Scottish Leaving Certificate Examination, 1961
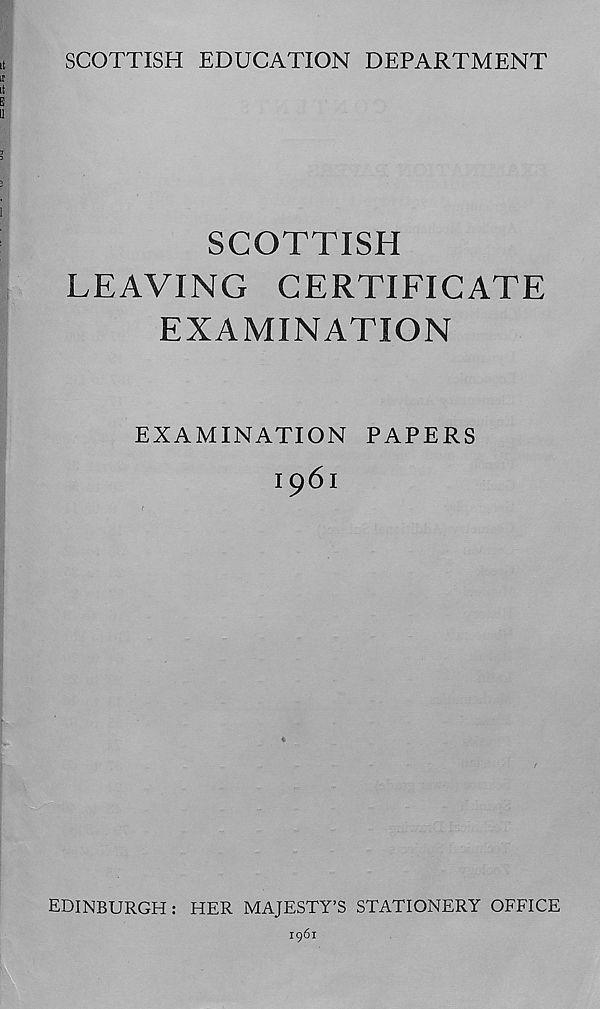
SCOTTISH EDUCATION DEPARTMENT
SCOTTISH
LEAVING CERTIFICATE
EXAMINATION
EXAMINATION PAPERS
1961
EDINBURGH: HER MAJESTY’S STATIONERY OFFICE
1961